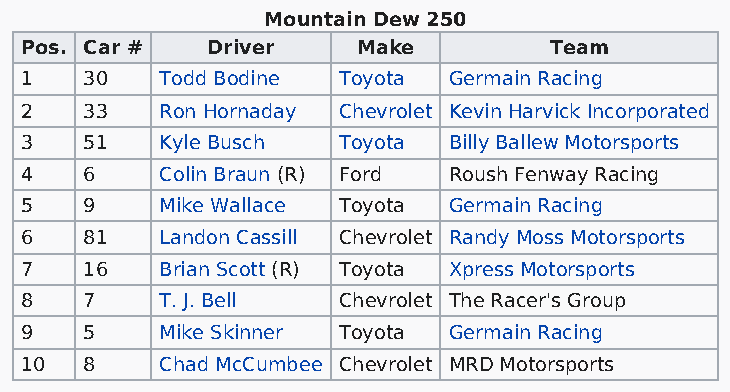
Mountain Dew 250
 Pos. Car #   Driver    Make        Team
 1    30   Todd Bodine Toyota Germain Racing
 2    33   Ron Hornaday Chevrolet Kevin Harvick Incorporated
 3    51   Kyle Busch Toyota  Billy Ballew Motorsports
 4    6    Colin Braun (R) Ford Roush Fenway Racing
 5    9    Mike Wallace Toyota Germain Racing
 6    81   Landon Cassill Chevrolet Randy Moss Motorsports
 7    16   Brian Scott (R) Toyota Xpress Motorsports
 8    7    T. J. Bell Chevrolet The Racer's Group
 9    5    Mike Skinner Toyota Germain Racing
 10   8    Chad McCumbee Chevrolet MRD Motorsports